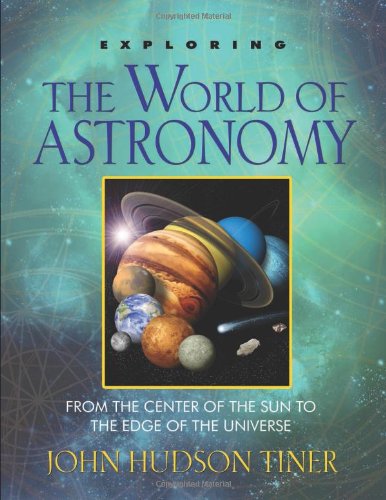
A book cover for Exploring the World of Astronomy: From Center of the Sun to Edge of the Universe (Exploring (New Leaf Press)); John Hudson Tiner; Religion & Spirituality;